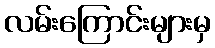
လမ်းကြောင်းများမှ